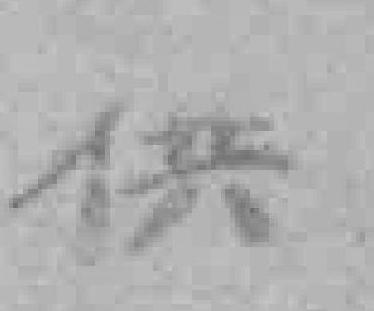
供